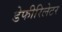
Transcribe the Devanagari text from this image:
डेफीरिलेटर